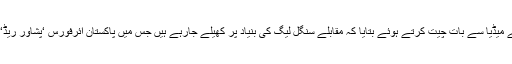
خیبرپختونخوا ہاکی ایسوسی ایشن کے صدر سید ظاہر شاہ نے میڈیا سے بات چیت کرتے ہوئے بتایا کہ مقابلے سنگل لیگ کی بنیاد پر کھیلے جارہے ہیں جس میں پاکستان ائرفورس ‘پشاور ریڈ‘پشاور گرین اور ماری پیٹرولیم کی ٹیمیں حصہ لے رہی ہیں